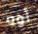
أوه